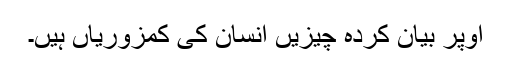
اوپر بیان کردہ چیزیں انسان کی کمزوریاں ہیں۔